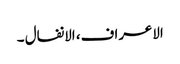
الاعراف، الانفال ۔